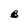
Character: B